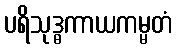
ပရိသုဒ္ဓကာယကမ္မတံ